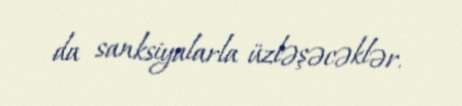
da sanksiyalarla üzləşəcəklər.